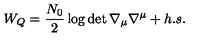
W _ { Q } = { \frac { N _ { 0 } } { 2 } } \log \det \nabla _ { \mu } \nabla ^ { \mu } + h . s .